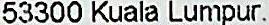
53300 KUALA LUMPUR.